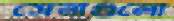
সেনাগুলো